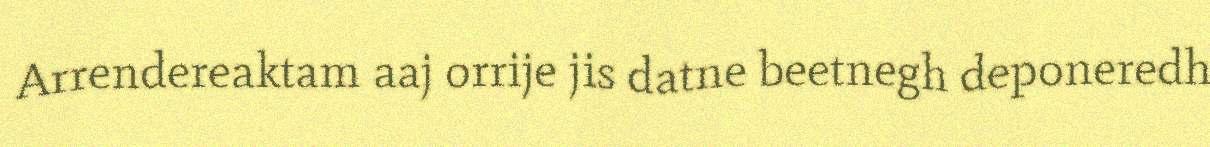
Arrendereaktam aaj orrije jis datne beetnegh deponeredh